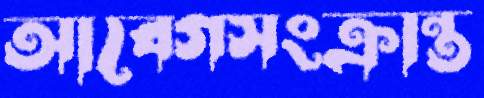
আবেগসংক্রান্ত